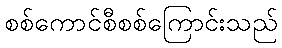
စစ်ကောင်စီစစ်ကြောင်းသည်